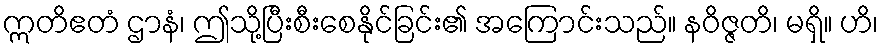
ဣတိဧတံ ဌာနံ၊ ဤသို့ပြီးစီးစေနိုင်ခြင်း၏ အကြောင်းသည်။ နဝိဇ္ဇတိ၊ မရှိ။ ဟိ၊